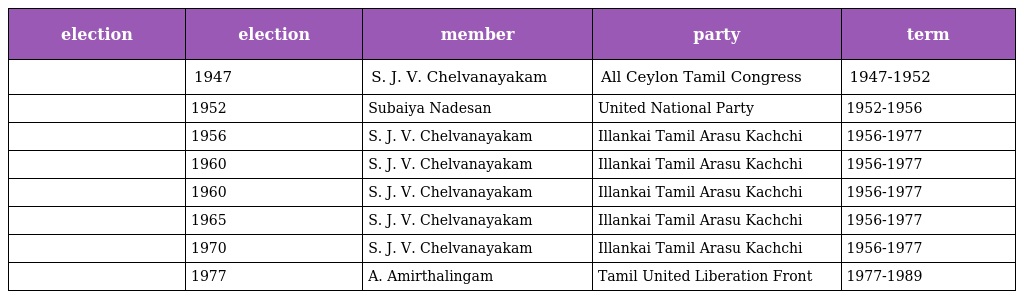
| election | election | member | party | term |
 | --- | --- | --- | --- | --- |
 |  | 1947 | S. J. V. Chelvanayakam | All Ceylon Tamil Congress | 1947-1952 |
 |  | 1952 | Subaiya Nadesan | United National Party | 1952-1956 |
 |  | 1956 | S. J. V. Chelvanayakam | Illankai Tamil Arasu Kachchi | 1956-1977 |
 |  | 1960 | S. J. V. Chelvanayakam | Illankai Tamil Arasu Kachchi | 1956-1977 |
 |  | 1960 | S. J. V. Chelvanayakam | Illankai Tamil Arasu Kachchi | 1956-1977 |
 |  | 1965 | S. J. V. Chelvanayakam | Illankai Tamil Arasu Kachchi | 1956-1977 |
 |  | 1970 | S. J. V. Chelvanayakam | Illankai Tamil Arasu Kachchi | 1956-1977 |
 |  | 1977 | A. Amirthalingam | Tamil United Liberation Front | 1977-1989 |